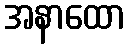
အနာထော